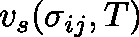
v _ { s } ( \mathbf { \sigma } _ { i j } , T )